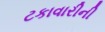
ટકાવારીની